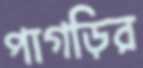
পাগড়ির